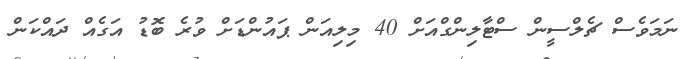
ނަމަވެސް ޗެލްސީން ސްޓާލިންގްއަށް 40 މިލިއަން ޕައުންޑަށް ވުރެ ބޮޑު އަގެއް ދައްކަން